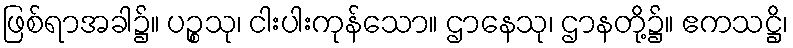
ဖြစ်ရာအခါ၌။ ပဉ္စသု၊ ငါးပါးကုန်သော။ ဌာနေသု၊ ဌာနတို့၌။ ဧကသဋ္ဌိ၊